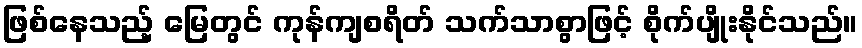
ဖြစ်နေသည့် မြေတွင် ကုန်ကျစရိတ် သက်သာစွာဖြင့် စိုက်ပျိုးနိုင်သည်။